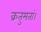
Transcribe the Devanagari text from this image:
क्रतुमतां।